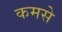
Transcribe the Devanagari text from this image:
कमसे